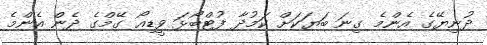
ދުނިޔޭގެ އެންމެ ގިނަ ބަޔަކަށް ކަމުދާ ފުޓްބޯޅަ ވީޑިއޯ ގޭމްގެ ދެން އެންމެ